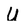
Character: U